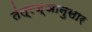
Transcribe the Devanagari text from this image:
तंत्रज्ञानुसार